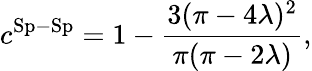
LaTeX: c^{\mathrm{Sp-Sp}}=1-\frac{3(\pi-4\lambda)^{2}}{\pi(\pi-2\lambda)},